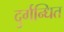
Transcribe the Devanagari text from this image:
दुर्गन्धित